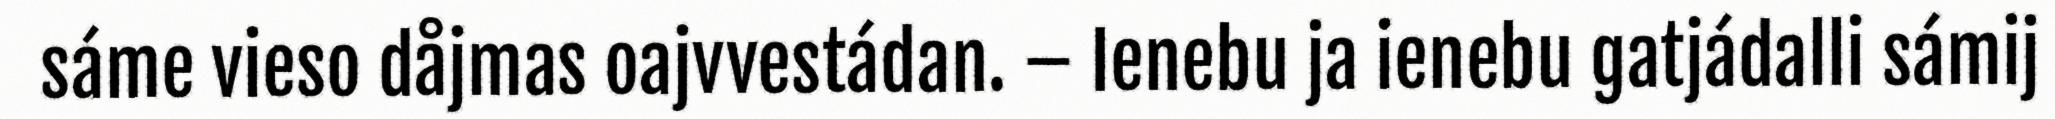
sáme vieso dåjmas oajvvestádan. – Ienebu ja ienebu gatjádalli sámij